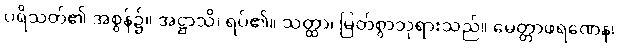
ပရိသတ်၏ အစွန်၌။ အဋ္ဌာသိ၊ ရပ်၏။ သတ္ထာ၊ မြတ်စွာဘုရားသည်။ မေတ္တာဖရဏေန၊